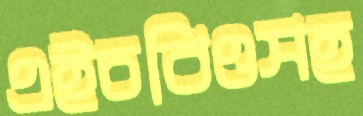
এইচবিওসহ